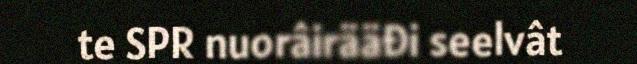
te SPR nuorâirääđi seelvât